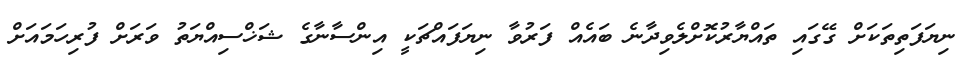
ނިޔަފަތިތަކަށް ގޭގައި ތައްޔާރުކޮށްލެވިދާނެ ބައެއް ފަރުވާ ނިޔަފައްޗަކީ އިންސާނާގެ ޝަޚްސިއްޔަތު ވަރަށް ފުރިހަމައަށް